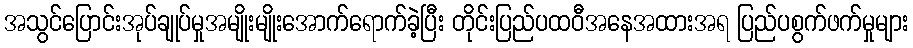
အသွင်ပြောင်းအုပ်ချုပ်မှုအမျိုးမျိုးအောက်ရောက်ခဲ့ပြီး တိုင်းပြည်ပထဝီအနေအထားအရ ပြည်ပစွက်ဖက်မှုများ